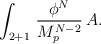
LaTeX: \begin{align*} \int_{2 + 1} \, {\phi^N \over M_p^{N-2}} \, A .\end{align*}